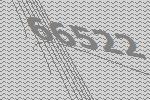
66522